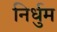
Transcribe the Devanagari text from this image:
निर्धुम